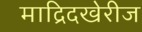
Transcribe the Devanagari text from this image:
माद्रिदखेरीज